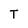
Character: T